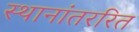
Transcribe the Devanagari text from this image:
स्थानांतररित